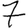
Digit: 7